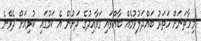
މިހާތަނަށް ހަތަރު ބައްދަލުވުމެއް ބާއްވައި ގަވާއިދުގެ ދަށުން އެ ކަމުގައި ކުރިއަށް ދެވޭނެ